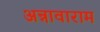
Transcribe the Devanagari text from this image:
अन्नावाराम